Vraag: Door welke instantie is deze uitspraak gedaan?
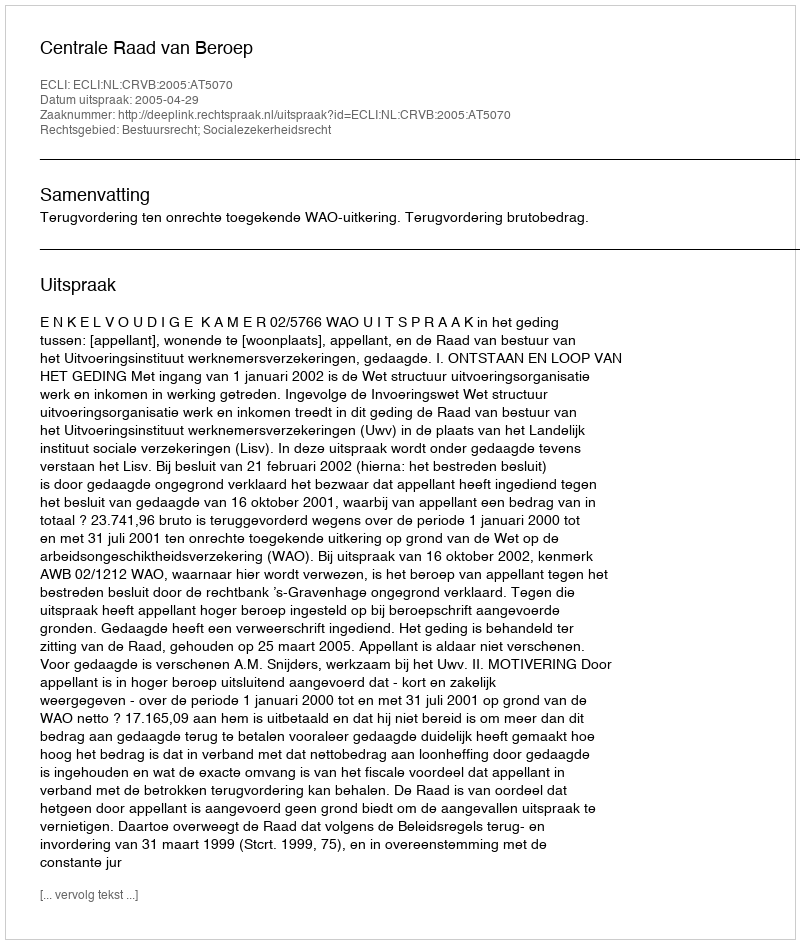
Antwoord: Centrale Raad van Beroep